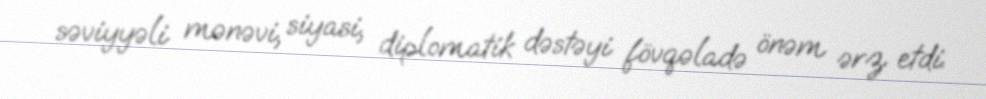
səviyyəli mənəvi, siyasi, diplomatik dəstəyi fövqəladə önəm ərz etdi.